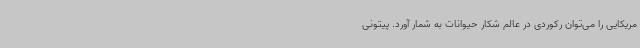
مریکایی را می‌توان رکوردی در عالم شکار حیوانات به شمار ‌آورد. پیتونی